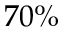
7 0 \%